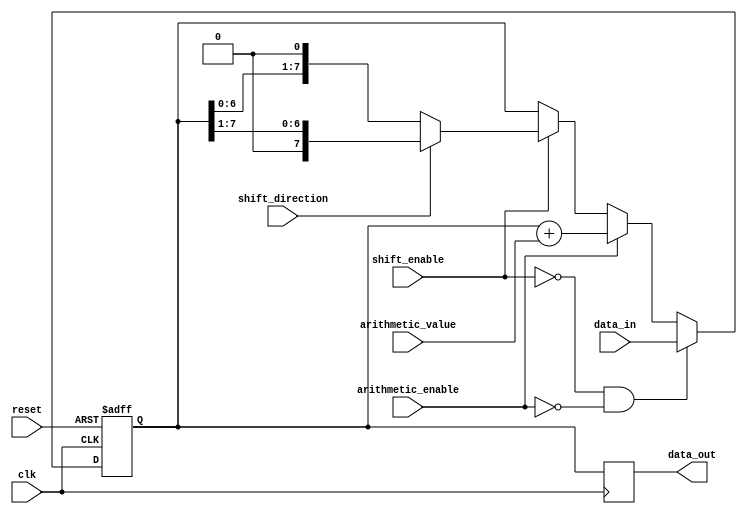
module LogarithmicShiftRegister (
    input wire clk,               // Clock signal
    input wire reset,             // Asynchronous reset
    input wire [7:0] data_in,     // Input data
    input wire shift_enable,       // Shift enable signal
    input wire shift_direction,     // Shift direction (0: left, 1: right)
    input wire arithmetic_enable,  // Enable arithmetic operations
    input wire [7:0] arithmetic_value, // Value for arithmetic operation
    output reg [7:0] data_out      // Output data
);

// Internal registers
reg [7:0] register;

// Asynchronous reset and data loading
always @(posedge clk or posedge reset) begin
    if (reset) begin
        register <= 8'b0; // Reset register to 0
    end else begin
        if (shift_enable) begin
            // Perform shift operation
            if (shift_direction == 1'b0) begin
                // Left shift
                register <= register << 1;
            end else begin
                // Right shift
                register <= register >> 1;
            end
        end
        
        if (arithmetic_enable) begin
            // Perform arithmetic operation
            register <= register + arithmetic_value; // Example: Addition
        end
        
        // Load new data when there is no shift or arithmetic operation
        if (!shift_enable && !arithmetic_enable) begin
            register <= data_in;
        end
    end
end

// Output assignment
always @(posedge clk) begin
    data_out <= register;
end

endmodule